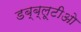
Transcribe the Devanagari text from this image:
डब्ब्लूटीओ